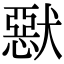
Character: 𤡾